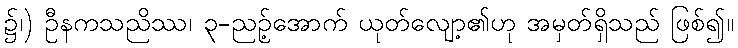
၌၊) ဦနကသညိဿ၊ ၃-ညဉ့်အောက် ယုတ်လျော့၏ဟု အမှတ်ရှိသည် ဖြစ်၍။